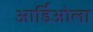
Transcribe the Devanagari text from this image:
आर्डिओला